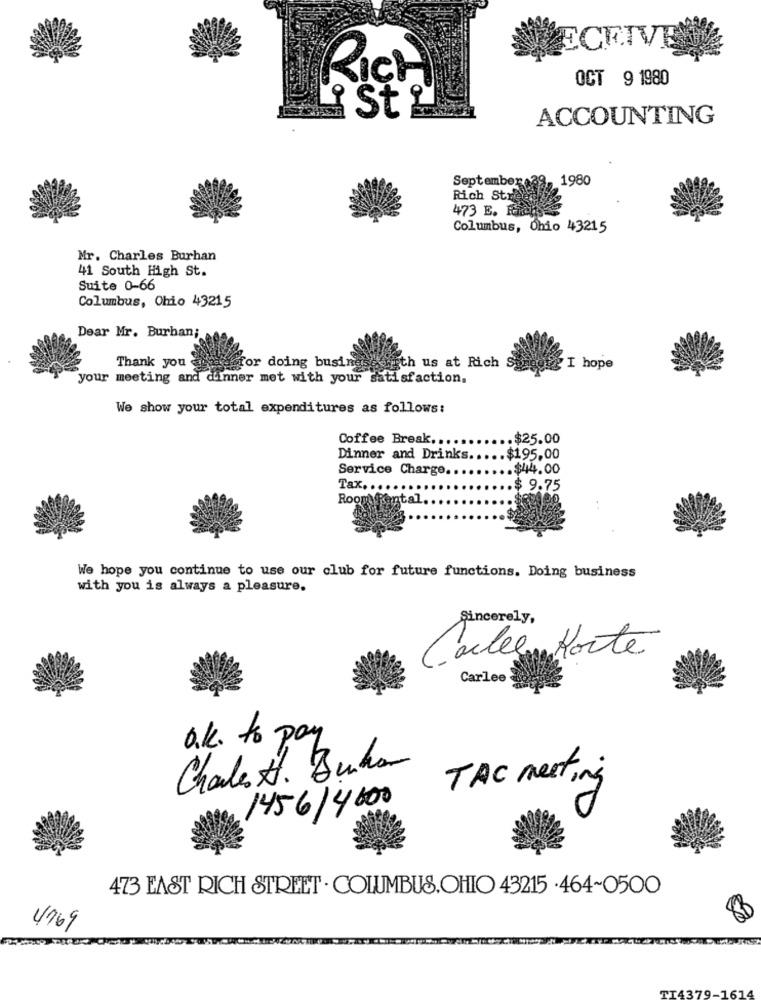
ECEIVE
OCT 9 1980
RICH
St
ACCOUNTING
September,39, 1980
Rich Stre
473 E. Haich
Columbus, Ohio 43215
Mr. Charles Burhan
41 South High St.
Suite 0-66
Columbus, Ohio 43215
Dear Mr. Burhan;
Thank you
for doing busin
with us at Rich
I hope
your meeting and dinner met with your satisfaction.
We show your total expenditures as follows:
Coffee Break ..
.$25.00
Dinner and Drinks ..
.$195,00
Service Charge.
.$44.00
Tax. ....
$ 9.75
Room Rental.
We hope you continue to use our club for future functions. Doing business
with you is always a pleasure.
Sincerely,
Carles Korte
Carlee
O.k. to pay
Charles H. Duka
TAC meeting
1456/4600
473 EAST RICH STREET . COLUMBUS.OHIO 43215 .464-0500
4769
TI4379-